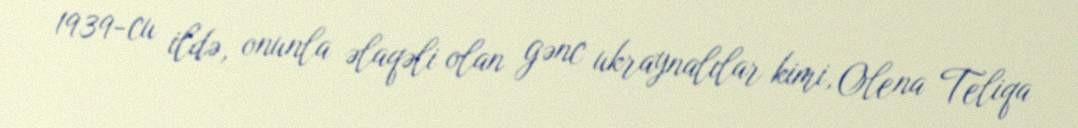
1939-cu ildə, onunla əlaqəli olan gənc ukraynalılar kimi, Olena Teliqa